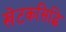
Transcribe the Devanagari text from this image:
खेटकसिद्धि